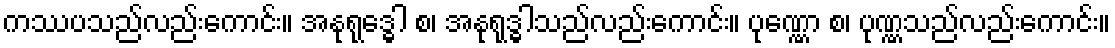
ကဿပသည်လည်းကောင်း။ အနုရုဒ္ဓေါ စ၊ အနုရုဒ္ဓါသည်လည်းကောင်း။ ပုဏ္ဏော စ၊ ပုဏ္ဏသည်လည်းကောင်း။